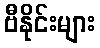
ဗီနိုင်းများ